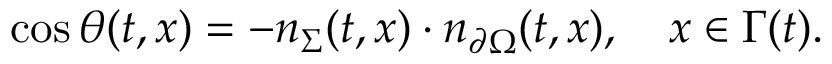
\cos \theta ( t , x ) = - n _ { \Sigma } ( t , x ) \cdot n _ { \partial \Omega } ( t , x ) , \quad x \in \Gamma ( t ) .